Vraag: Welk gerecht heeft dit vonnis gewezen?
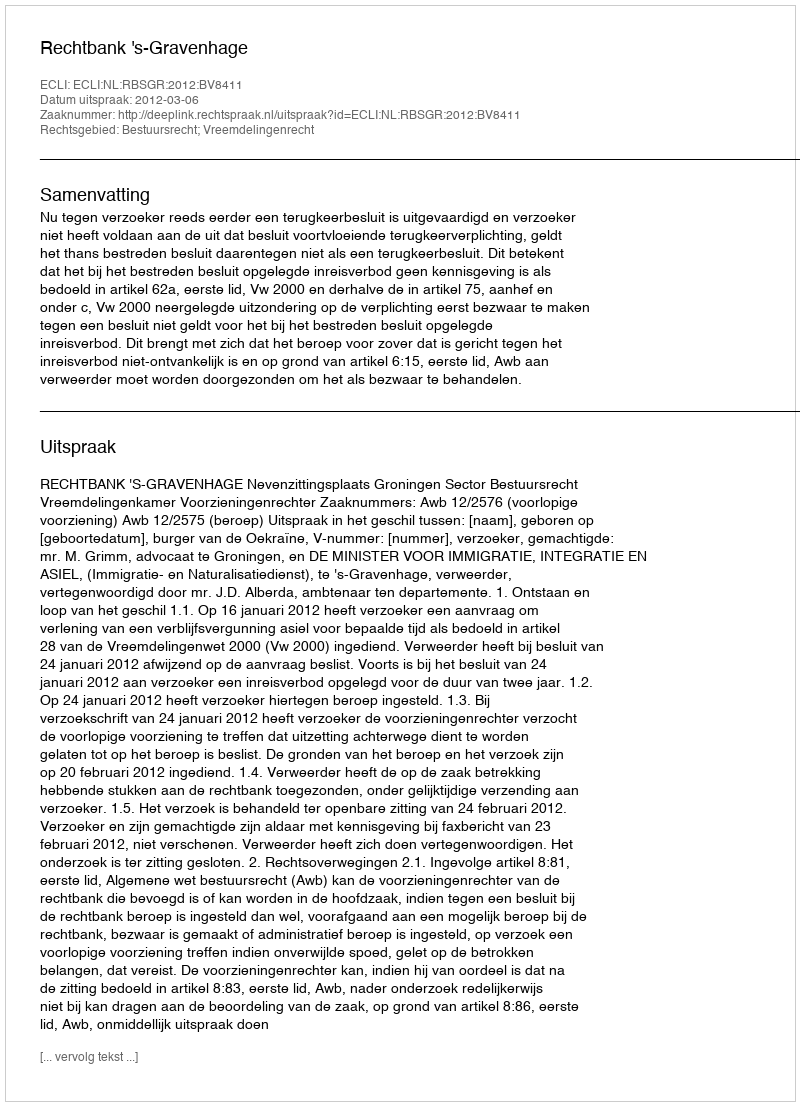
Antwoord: Rechtbank 's-Gravenhage